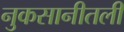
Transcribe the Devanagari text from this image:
नुकसानीतली